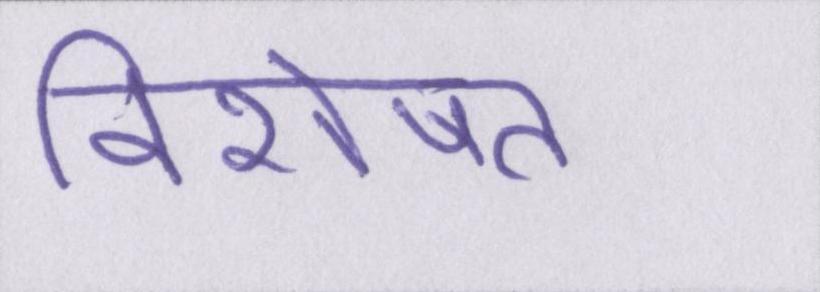
विशेषत